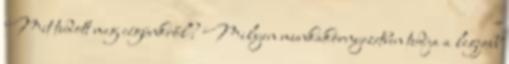
Mit tudott meg cégünkről? Milyen munkakörnyezetben tudja a legjobb